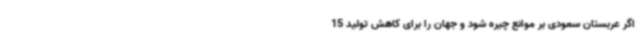
اگر عربستان سعودی بر موانع چیره شود و جهان را برای کاهش تولید 15